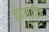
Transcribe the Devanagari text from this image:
इंडसट्रीज़